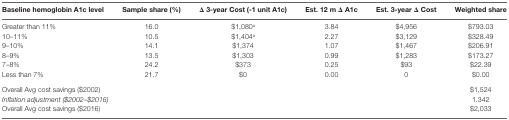
<table><thead><tr><td><b>Baseline hemoglobin A1c level</b></td><td><b>Sample share (%)</b></td><td><b>Δ 3-year Cost (-1 unit A1c)</b></td><td><b>Est. 12 m Δ A1c</b></td><td><b>Est. 3-year Δ Cost</b></td><td><b>Weighted share</b></td></tr></thead><tbody><tr><td>Greater than 11%</td><td>16.0</td><td>$1,080<sup>a</sup></td><td>3.84</td><td>$4,956</td><td>$793.03</td></tr><tr><td>10–11%</td><td>10.5</td><td>$1,404<sup>a</sup></td><td>2.27</td><td>$3,129</td><td>$328.49</td></tr><tr><td>9–10%</td><td>14.1</td><td>$1,374</td><td>1.07</td><td>$1,467</td><td>$206.91</td></tr><tr><td>8–9%</td><td>13.5</td><td>$1,303</td><td>0.99</td><td>$1,283</td><td>$173.27</td></tr><tr><td>7–8%</td><td>24.2</td><td>$373</td><td>0.25</td><td>$93</td><td>$22.39</td></tr><tr><td>Less than 7%</td><td>21.7</td><td>$0</td><td>0.00</td><td>0</td><td>$0.00</td></tr><tr><td colspan="5">Overall Avg cost savings ($2002)</td><td>$1,524</td></tr><tr><td colspan="5"><i>Inflation adjustment ($2002–$2016)</i></td><td>1.342</td></tr><tr><td colspan="5">Overall Avg cost savings ($2016)</td><td>$2,033</td></tr></tbody></table>